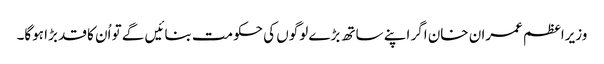
وزیراعظم عمران خان اگر اپنے ساتھ بڑے لوگوں کی حکومت بنائیں گے تو اُن کا قد بڑا ہوگا۔